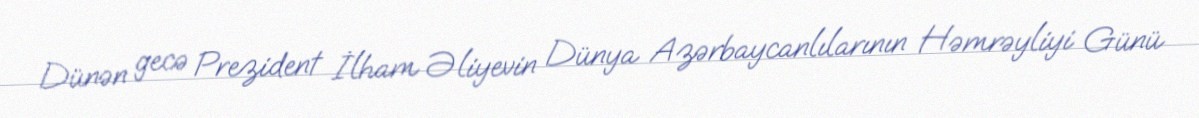
Dünən gecə Prezident İlham Əliyevin Dünya Azərbaycanlılarının Həmrəyliyi Günü